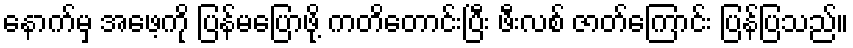
နောက်မှ အဖေ့ကို ပြန်မပြောဖို့ ကတိတောင်းပြီး ဖီးလစ် ဇာတ်ကြောင်း ပြန်ပြသည်။